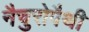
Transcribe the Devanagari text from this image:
नैचुरोपैथी